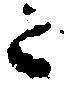
と